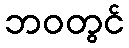
ဘဝတွင်